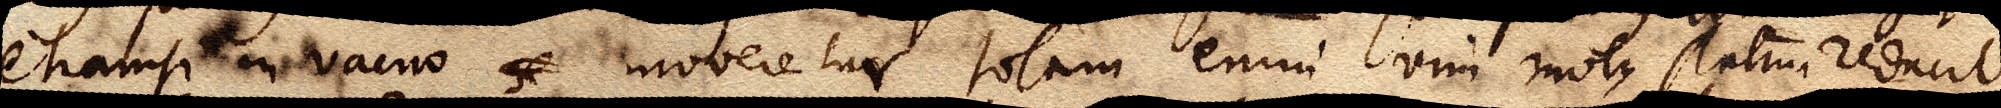
etiamsi in vacuo se moveretur totam enim vim motus statim reducit